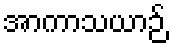
အာကာသယာဉ်